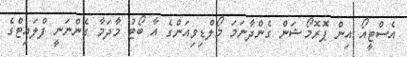
އެސްޓީއޯ އިން ޕޮރޮމޯޝަން ގެންދާނަމަ މޯލްޑިވިއަންގެ އާ ބޯޓު މާދަމާ ގެންނަނީ ފްލައިޓްގެ